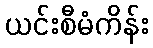
ယင်းစီမံကိန်း